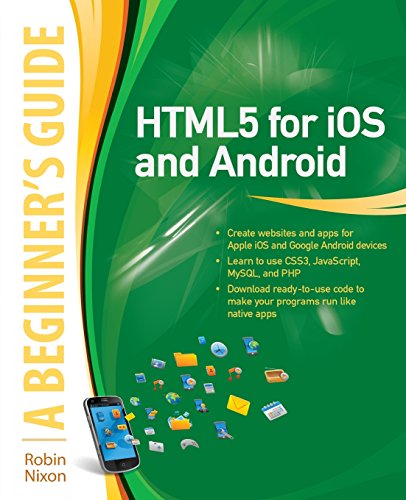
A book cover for HTML5 for iOS and Android: A Beginner's Guide (Beginner's Guide (McGraw Hill)); Robin Nixon; Computers & Technology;